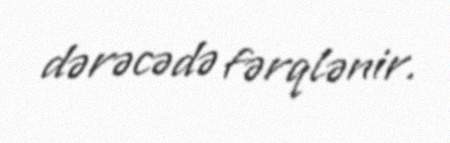
dərəcədə fərqlənir.